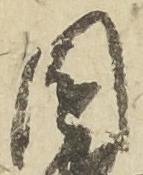
園